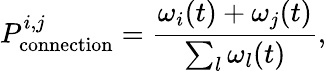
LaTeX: P_{\textrm{connection}}^{i,j}=\frac{\omega_{i}(t)+\omega_{j}(t)}{\sum_{l}\omega_{l}(t)},